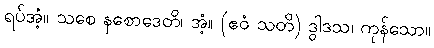
ရပ်အံ့။ သစေ နစောဒေတိ၊ အံ့။ (ဧဝံ သတိ) ဒွါဒသ၊ ကုန်သော။